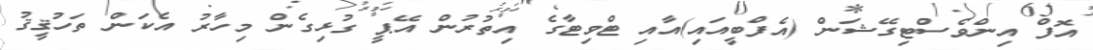
އޮފް އިންވެސްޓިގޭޝަން (އެފްބީއައި)އާއި ޓްވިޓާގެ އިތުރުން އޭޕީ ގުޅިގެން މިހާރު އެކަން ތަހުޤީޤު